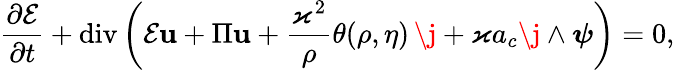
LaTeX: \frac{\partial\mathcal{E}}{\partial t}+\mathrm{div}\left(\mathcal{E}\mathbf{u}+\Pi\mathbf{u}+\frac{\varkappa^{2}}{\rho}\theta(\rho,\eta)\, \j+\varkappa a_{c}\j\wedge\boldsymbol{\psi}\right)=0,